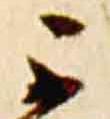
不